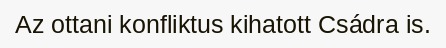
Az ottani konfliktus kihatott Csádra is.